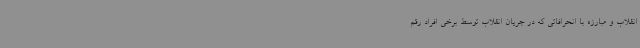
انقلاب و مبارزه با انحرافاتی که در جریان انقلاب توسط برخی افراد رقم